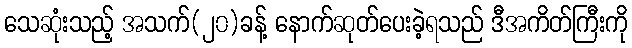
သေဆုံးသည့် အသက်(၂၀)ခန့် နောက်ဆုတ်ပေးခဲ့ရသည် ဒီအကိတ်ကြီးကို